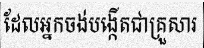
ដែលអ្នកចង់បង្កើតជាគ្រួសារ